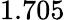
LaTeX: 1.705